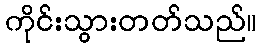
ကိုင်းသွားတတ်သည်။